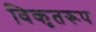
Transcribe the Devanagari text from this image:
विकृतरूप